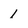
Character: 1